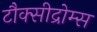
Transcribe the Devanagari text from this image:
टौक्सीद्रोम्स